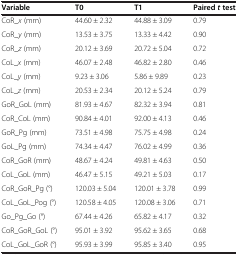
<table><thead><tr><td><b>Variable</b></td><td><b>T0</b></td><td><b>T1</b></td><td><b>Paired<i>t</i>test</b></td></tr></thead><tbody><tr><td>CoR_<i>x</i> (mm)</td><td>44.60 ± 2.32</td><td>44.88 ± 3.09</td><td>0.79</td></tr><tr><td>CoR_<i>y</i> (mm)</td><td>13.53 ± 3.75</td><td>13.33 ± 4.42</td><td>0.90</td></tr><tr><td>CoR_<i>z</i> (mm)</td><td>20.12 ± 3.69</td><td>20.72 ± 5.04</td><td>0.72</td></tr><tr><td>CoL_<i>x</i> (mm)</td><td>46.07 ± 2.48</td><td>46.82 ± 2.80</td><td>0.46</td></tr><tr><td>CoL_<i>y</i> (mm)</td><td>9.23 ± 3.06</td><td>5.86 ± 9.89</td><td>0.23</td></tr><tr><td>CoL_<i>z</i> (mm)</td><td>20.53 ± 2.34</td><td>20.12 ± 5.24</td><td>0.79</td></tr><tr><td>GoR_GoL (mm)</td><td>81.93 ± 4.67</td><td>82.32 ± 3.94</td><td>0.81</td></tr><tr><td>CoR_CoL (mm)</td><td>90.84 ± 4.01</td><td>92.00 ± 4.13</td><td>0.46</td></tr><tr><td>GoR_Pg (mm)</td><td>73.51 ± 4.98</td><td>75.75 ± 4.98</td><td>0.24</td></tr><tr><td>GoL_Pg (mm)</td><td>74.34 ± 4.47</td><td>76.02 ± 4.99</td><td>0.36</td></tr><tr><td>CoR_GoR (mm)</td><td>48.67 ± 4.24</td><td>49.81 ± 4.63</td><td>0.50</td></tr><tr><td>CoL_GoL (mm)</td><td>46.47 ± 5.15</td><td>49.21 ± 5.03</td><td>0.17</td></tr><tr><td>CoR_GoR_Pg (°)</td><td>120.03 ± 5.04</td><td>120.01 ± 3.78</td><td>0.99</td></tr><tr><td>CoL_GoL_Pog (°)</td><td>120.58 ± 4.05</td><td>120.08 ± 3.06</td><td>0.71</td></tr><tr><td>Go_Pg_Go (°)</td><td>67.44 ± 4.26</td><td>65.82 ± 4.17</td><td>0.32</td></tr><tr><td>CoR_GoR_GoL (°)</td><td>95.01 ± 3.92</td><td>95.62 ± 3.65</td><td>0.68</td></tr><tr><td>CoL_GoL_GoR (°)</td><td>95.93 ± 3.99</td><td>95.85 ± 3.40</td><td>0.95</td></tr></tbody></table>